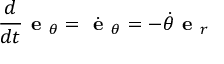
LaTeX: { \frac { d } { d t } } { \textbf { e } } _ { \theta } = { \dot { \textbf { e } } } _ { \theta } = - { \dot { \theta } } { \textbf { e } } _ { r }